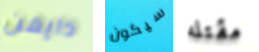
دايمن سيكون مقتله